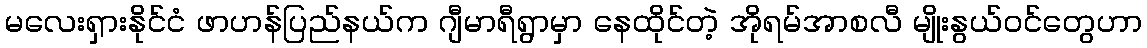
မလေးရှားနိုင်ငံ ဖာဟန်ပြည်နယ်က ဂျီမာရီရွာမှာ နေထိုင်တဲ့ အိုရမ်အာစလီ မျိုးနွယ်ဝင်တွေဟာ